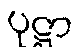
ပုဋ္ဌာ